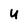
Character: u